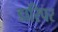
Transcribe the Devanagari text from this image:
डारिपर